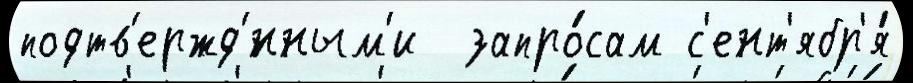
подтв'ержд'́нным'и  запро́сам с'ент'ябр'я́